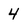
Character: 4